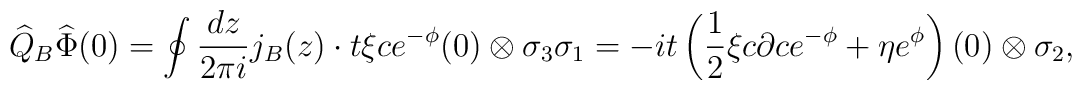
\widehat{Q}_B\widehat{\Phi}(0)=\oint\frac{dz}{2\pi i}j_B(z)\cdot t\xi ce^{-\phi}(0)\otimes\sigma_3\sigma_1=-it\left(\frac{1}{2}\xi c\partial ce^{-\phi}+\eta e^{\phi}\right)(0)\otimes\sigma_2,